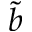
\tilde { b }